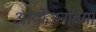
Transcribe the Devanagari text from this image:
आयोजनांच्‍या